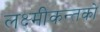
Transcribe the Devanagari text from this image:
लक्ष्मीकन्तको